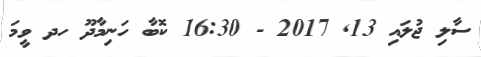
ސާލި ޖުލައި 13